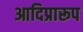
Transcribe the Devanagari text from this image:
आदिप्रारूप